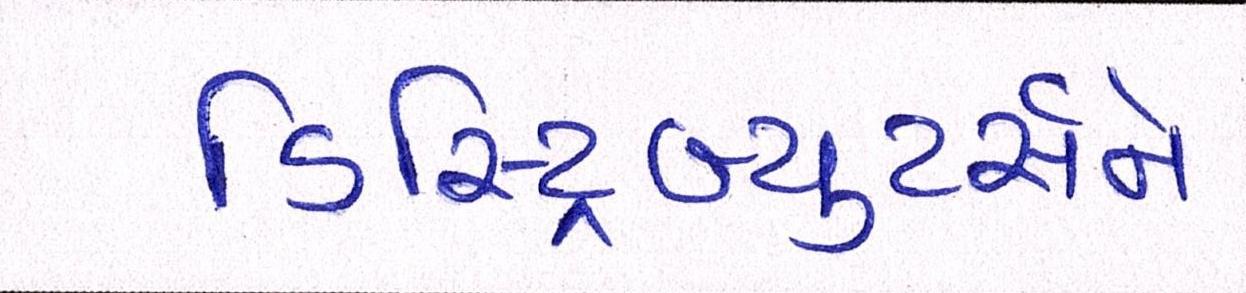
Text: ડિસ્ટ્રિબ્યુટર્સને